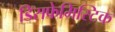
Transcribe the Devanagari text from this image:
डिसफेमिस्टिक